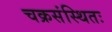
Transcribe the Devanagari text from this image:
चक्रसंस्थितः